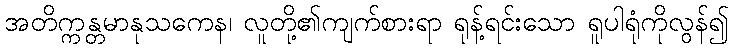
အတိက္ကန္တမာနုသကေန၊ လူတို့၏ကျက်စားရာ ရုန့်ရင်းသော ရူပါရုံကိုလွန်၍